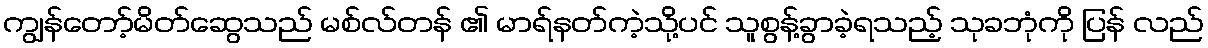
ကျွန်တော့်မိတ်ဆွေသည် မစ်လ်တန် ၏ မာရ်နတ်ကဲ့သို့ပင် သူစွန့်ခွာခဲ့ရသည့် သုခဘုံကို ပြန် လည်